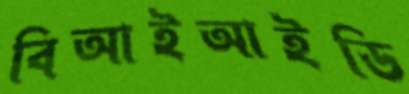
বিআইআইডি